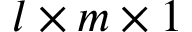
l \times m \times 1